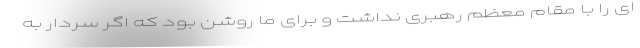
ای را با مقام معظم رهبری نداشت و برای ما روشن بود که اگر سردار به